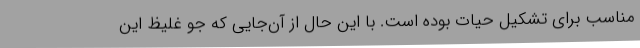
مناسب برای تشکیل حیات بوده است. با این حال از آن‌جایی که جو غلیظ این